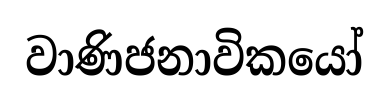
වාණිජනාවිකයෝ